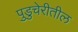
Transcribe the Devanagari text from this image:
पुडुचेरीतील